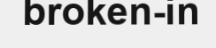
broken-in